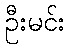
ဦးမင်း